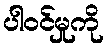
ပါဝင်မှုကို